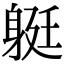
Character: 𨉈